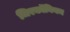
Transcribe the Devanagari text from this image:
जिरकॉनियम